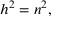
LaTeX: h ^ { 2 } = n ^ { 2 } ,